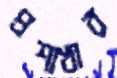
প্রশাখার